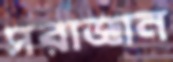
সরাজ্ঞান